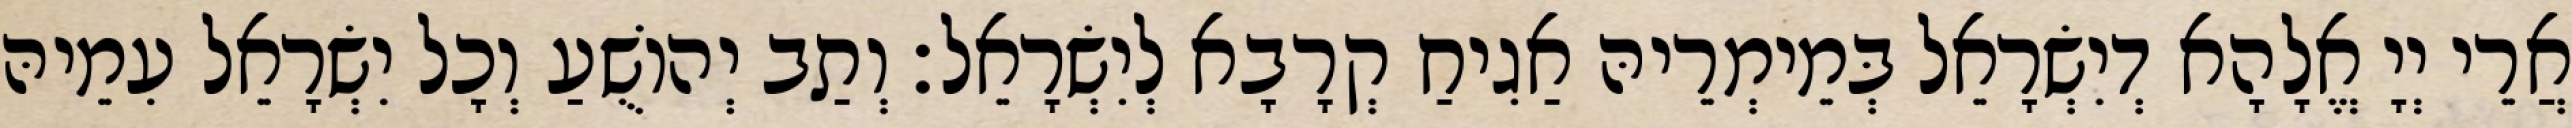
אֲרֵי יְיָ אֱלָהָא דְיִשְׂרָאֵל בְּמֵימְרֵיהּ אַגִיחַ קְרָבָא לְיִשְׂרָאֵל׃ וְתַב יְהוֹשֻׁעַ וְכָל יִשְׂרָאֵל עִמֵיהּ